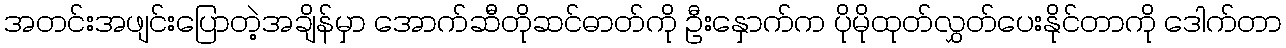
အတင်းအဖျင်းပြောတဲ့အချိန်မှာ အောက်ဆီတိုဆင်ဓာတ်ကို ဦးနှောက်က ပိုမိုထုတ်လွှတ်ပေးနိုင်တာကို ဒေါက်တာ